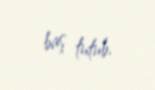
baş tutub.